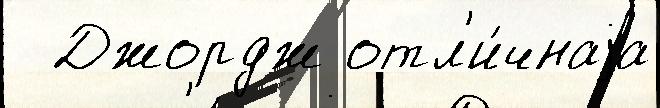
  Джордж отл'и́чнаjа